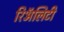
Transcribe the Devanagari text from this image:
रिॲलिटी